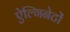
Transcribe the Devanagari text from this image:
ऐल्गिनेटों